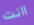
اانت